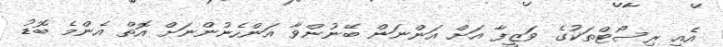
އެއީ ރިސޯޓްތަކުގެ ވަޒީފާ އަށް އަންނަން ބޭނުންވާ އަންހެނުންނަށް އޮތް އެންމެ ބޮޑު